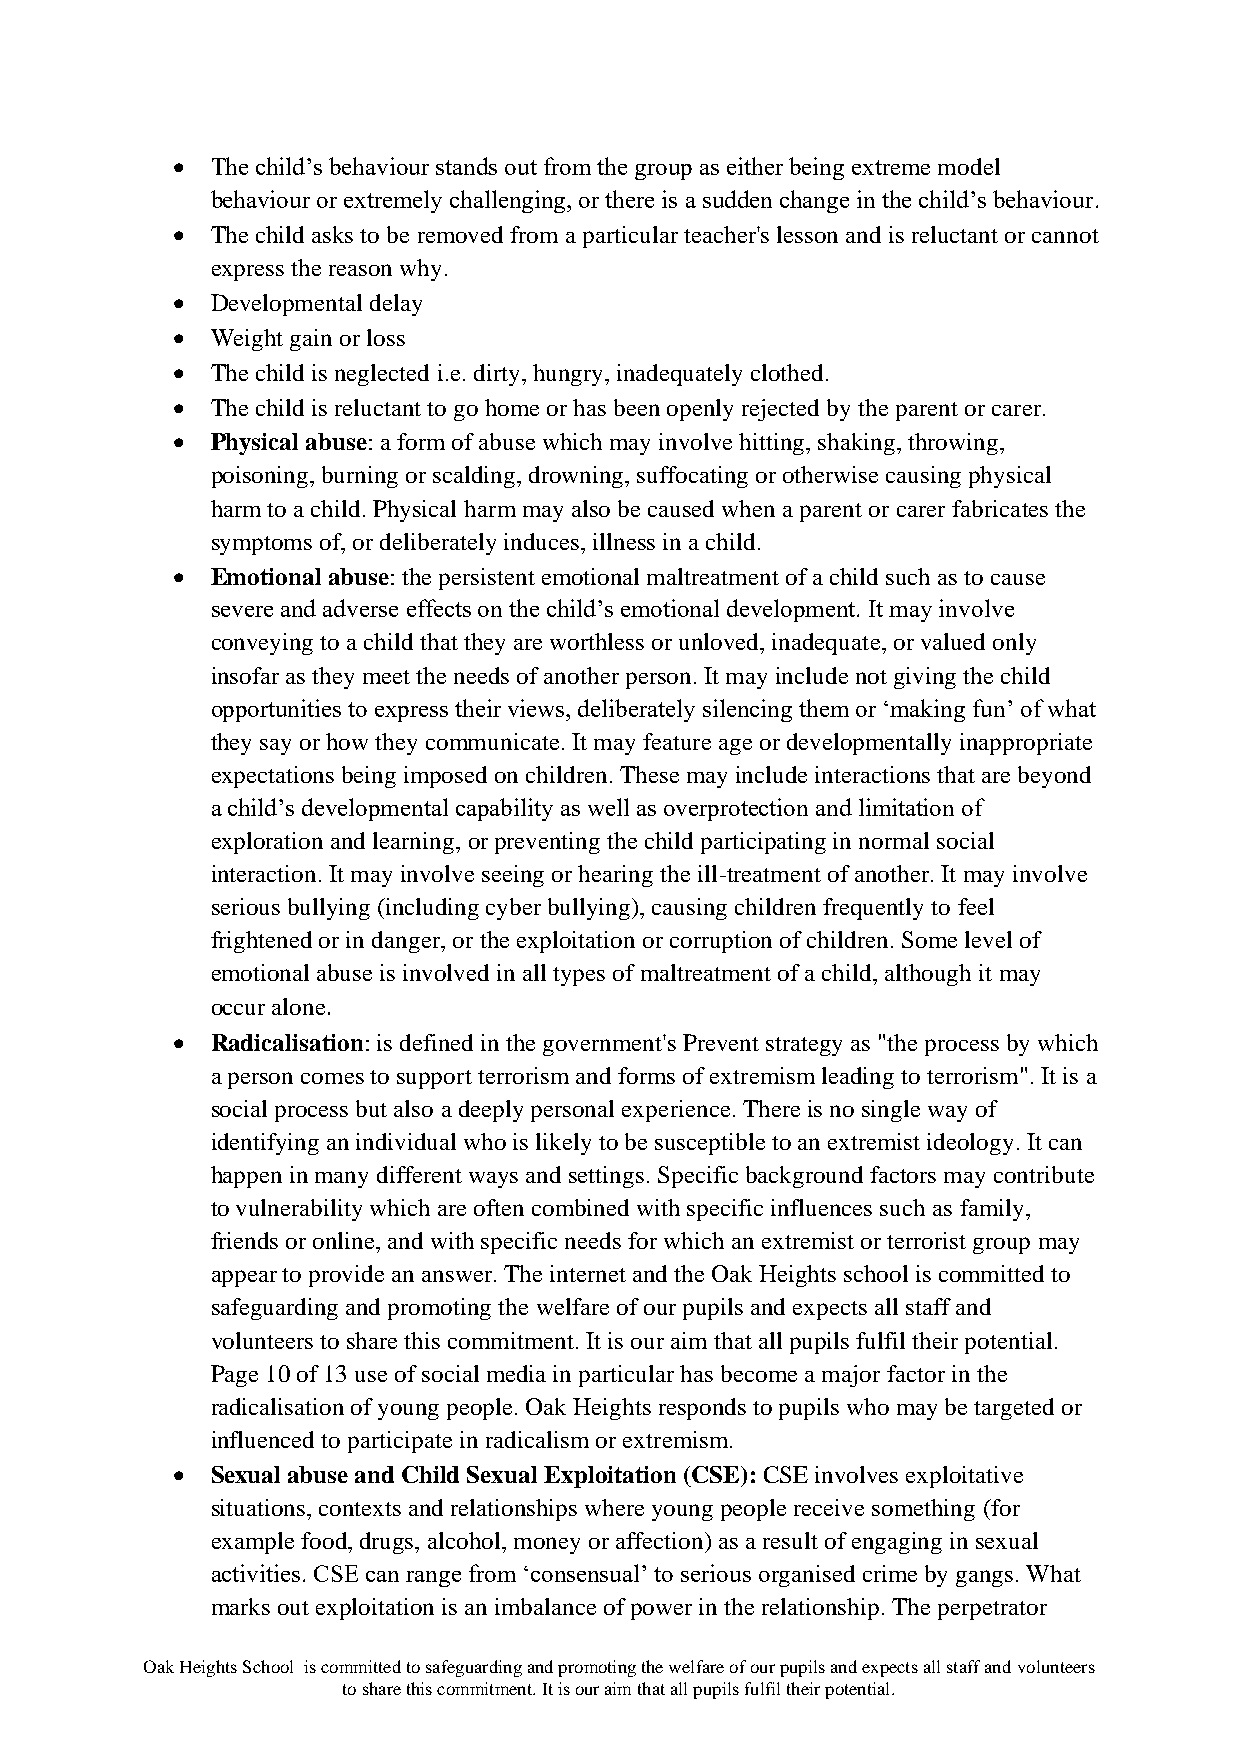
•  The child’s behaviour stands out from the group as either being extreme model
 behaviour or extremely challenging, or there is a sudden change in the child’s behaviour.
 •  The child asks to be removed from a particular teacher's lesson and is reluctant or cannot
 express the reason why.
 •  Developmental delay
 •  Weight gain or loss
 •  The child is neglected i.e. dirty, hungry, inadequately clothed.
 •  The child is reluctant to go home or has been openly rejected by the parent or carer.
 •  Physical abuse: a form of abuse which may involve hitting, shaking, throwing,
 poisoning, burning or scalding, drowning, suffocating or otherwise causing physical
 harm to a child. Physical harm may also be caused when a parent or carer fabricates the
 symptoms of, or deliberately induces, illness in a child.
 •  Emotional abuse: the persistent emotional maltreatment of a child such as to cause
 severe and adverse effects on the child’s emotional development. It may involve
 conveying to a child that they are worthless or unloved, inadequate, or valued only
 insofar as they meet the needs of another person. It may include not giving the child
 opportunities to express their views, deliberately silencing them or ‘making fun’ of what
 they say or how they communicate. It may feature age or developmentally inappropriate
 expectations being imposed on children. These may include interactions that are beyond
 a child’s developmental capability as well as overprotection and limitation of
 exploration and learning, or preventing the child participating in normal social
 interaction. It may involve seeing or hearing the ill-treatment of another. It may involve
 serious bullying (including cyber bullying), causing children frequently to feel
 frightened or in danger, or the exploitation or corruption of children. Some level of
 emotional abuse is involved in all types of maltreatment of a child, although it may
 occur alone.
 •  Radicalisation: is defined in the government's Prevent strategy as "the process by which
 a person comes to support terrorism and forms of extremism leading to terrorism". It is a
 social process but also a deeply personal experience. There is no single way of
 identifying an individual who is likely to be susceptible to an extremist ideology. It can
 happen in many different ways and settings. Specific background factors may contribute
 to vulnerability which are often combined with specific influences such as family,
 friends or online, and with specific needs for which an extremist or terrorist group may
 appear to provide an answer. The internet and the Oak Heights school is committed to
 safeguarding and promoting the welfare of our pupils and expects all staff and
 volunteers to share this commitment. It is our aim that all pupils fulfil their potential.
 Page 10 of 13 use of social media in particular has become a major factor in the
 radicalisation of young people. Oak Heights responds to pupils who may be targeted or
 influenced to participate in radicalism or extremism.
 •  Sexual abuse and Child Sexual Exploitation (CSE): CSE involves exploitative
 situations, contexts and relationships where young people receive something (for
 example food, drugs, alcohol, money or affection) as a result of engaging in sexual
 activities. CSE can range from ‘consensual’ to serious organised crime by gangs. What
 marks out exploitation is an imbalance of power in the relationship. The perpetrator
 Oak Heights School is committed to safeguarding and promoting the welfare of our pupils and expects all staff and volunteers
 to share this commitment. It is our aim that all pupils fulfil their potential.